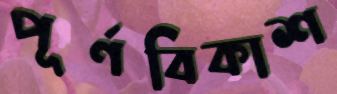
পূর্ণবিকাশ